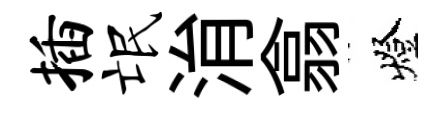
插氓㳙翕燈